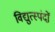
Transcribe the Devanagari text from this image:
विद्युत्स्पंदों